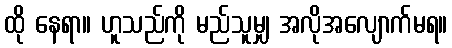
ထို နေရာ။ ဟူသည်ကို မည်သူမျှ အလိုအလျောက်မရ။